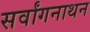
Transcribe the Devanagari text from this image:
सर्वांगनाथन